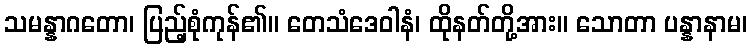
သမန္နာဂတော၊ ပြည့်စုံကုန်၏။ တေသံဒေဝါနံ၊ ထိုနတ်တို့အား။ သောတာ ပန္နာနာမ၊